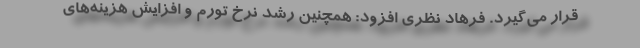
قرار می‌گیرد. فرهاد نظری افزود: همچنین رشد نرخ تورم و افزایش هزینه‌های